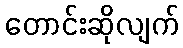
တောင်းဆိုလျက်